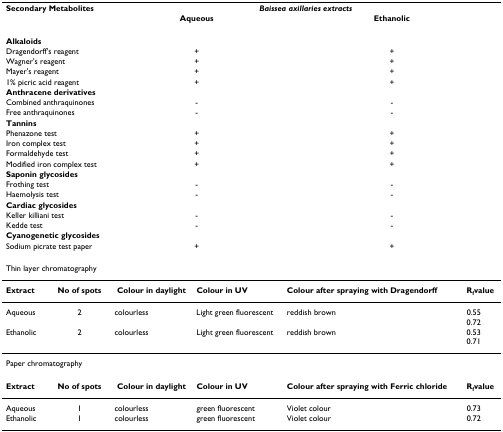
| <COLSPAN=2> Secondary Metabolites | <COLSPAN=4> Baissea axillaries extracts |
 |  |  | <COLSPAN=2> Aqueous | <COLSPAN=2> Ethanolic |
 | --- | --- | --- | --- | --- | --- |
 | <COLSPAN=2> Alkaloids |  |  |  |  |
 | <COLSPAN=2> Dragendorff's reagent | <COLSPAN=2> + | <COLSPAN=2> + |
 | <COLSPAN=2> Wagner's reagent | <COLSPAN=2> + | <COLSPAN=2> + |
 | <COLSPAN=2> Mayer's reagent | <COLSPAN=2> + | <COLSPAN=2> + |
 | <COLSPAN=2> 1% picric acid reagent | <COLSPAN=2> + | <COLSPAN=2> + |
 | <COLSPAN=2> Anthracene derivatives |  |  |  |  |
 | <COLSPAN=2> Combined anthraquinones | <COLSPAN=2> - | <COLSPAN=2> - |
 | <COLSPAN=2> Free anthraquinones | <COLSPAN=2> - | <COLSPAN=2> - |
 | <COLSPAN=2> Tannins |  |  |  |  |
 | <COLSPAN=2> Phenazone test | <COLSPAN=2> + | <COLSPAN=2> + |
 | <COLSPAN=2> Iron complex test | <COLSPAN=2> + | <COLSPAN=2> + |
 | <COLSPAN=2> Formaldehyde test | <COLSPAN=2> + | <COLSPAN=2> + |
 | <COLSPAN=2> Modified iron complex test | <COLSPAN=2> + | <COLSPAN=2> + |
 | <COLSPAN=2> Saponin glycosides |  |  |  |  |
 | <COLSPAN=2> Frothing test | <COLSPAN=2> - | <COLSPAN=2> - |
 | <COLSPAN=2> Haemolysis test | <COLSPAN=2> - | <COLSPAN=2> - |
 | <COLSPAN=2> Cardiac glycosides |  |  |  |  |
 | <COLSPAN=2> Keller killiani test | <COLSPAN=2> - | <COLSPAN=2> - |
 | <COLSPAN=2> Kedde test | <COLSPAN=2> - | <COLSPAN=2> - |
 | <COLSPAN=2> Cyanogenetic glycosides |  |  |  |  |
 | <COLSPAN=2> Sodium picrate test paper | <COLSPAN=2> + | <COLSPAN=2> + |
 | <COLSPAN=6> Thin layer chromatography |
 | Extract | No of spots | Colour in daylight | Colour in UV | Colour after spraying with Dragendorff | Rfvalue |
 | Aqueous | 2 | colourless | Light green fluorescent | reddish brown | 0.550.72 |
 | Ethanolic | 2 | colourless | Light green fluorescent | reddish brown | 0.530.71 |
 | <COLSPAN=6> Paper chromatography |
 | Extract | No of spots | Colour in daylight | Colour in UV | Colour after spraying with Ferric chloride | Rfvalue |
 | Aqueous | 1 | colourless | green fluorescent | Violet colour | 0.73 |
 | Ethanolic | 1 | colourless | green fluorescent | Violet colour | 0.72 |